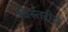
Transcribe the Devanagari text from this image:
विस्तरीय